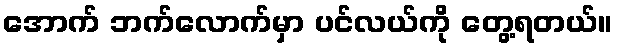
အောက် ဘက်လောက်မှာ ပင်လယ်ကို တွေ့ရတယ်။